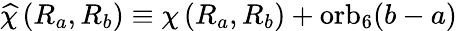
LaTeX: \widehat{\chi}\left(R_{a},R_{b}\right)\equiv\chi\left(R_{a},R_{b}\right)+\mathrm{orb}_{6}(b-a)